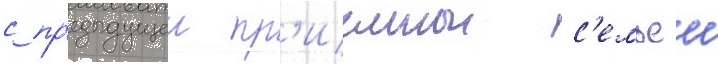
с пр'едыдущеи пр'иемнои с'емьеи